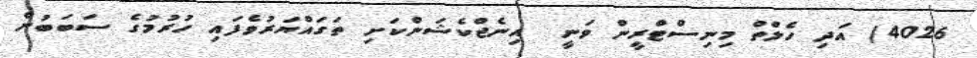
4026) އަދި ހެލްތް މިނިސްޓްރީން ވަނީ  އިނެޖްކެޝަންކަށި ތަގައްޔަރުވެފައި ހުރުމުގެ ސަބަބުން